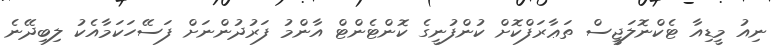
ނިއު މީޑިއާ ޓެކްނޮލަޖީސް ތަޢާރަފްކޮށް ކުންފުނީގެ ކޮންޓެންޓް އާންމު ފަރުދުންނަށް ފަސޭހަކަމާއެކު ލިބިދޭނެ